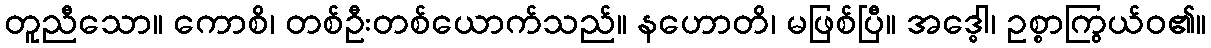
တူညီသော။ ကောစိ၊ တစ်ဦးတစ်ယောက်သည်။ နဟောတိ၊ မဖြစ်ပြီ။ အဒ္ဓေါ၊ ဥစ္စာကြွယ်ဝ၏။